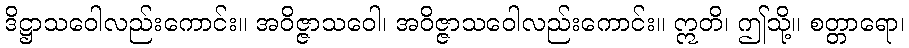
ဒိဋ္ဌာသဝေါလည်းကောင်း။ အဝိဇ္ဇာသဝေါ၊ အဝိဇ္ဇာသဝေါလည်းကောင်း။ ဣတိ၊ ဤသို့။ စတ္တာရော၊